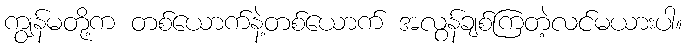
ကျွန်မတို့က တစ်ယောက်နဲ့တစ်ယောက် အလွန်ချစ်ကြတဲ့လင်မယားပါ။